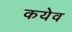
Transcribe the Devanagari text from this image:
कयेव